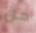
من